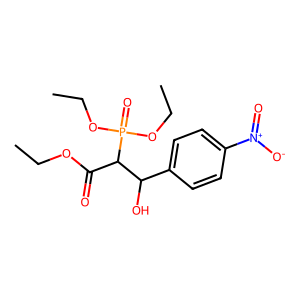
SMILES: CCOC(=O)C(C(O)c1ccc([N+](=O)[O-])cc1)P(=O)(OCC)OCC
Inhibits HIV replication: No